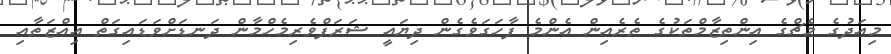
މިއަދުގެ މެޗްގެ އިންތިޒާމްތަކުގެ ތެރެއިން އެންމެ ފާހަގަވެގެން ދިޔައީ ޝަރަފްވެރިމެހްމާން ދަނޑަށްވަޑައިގަތް އިއްޒަތާއި